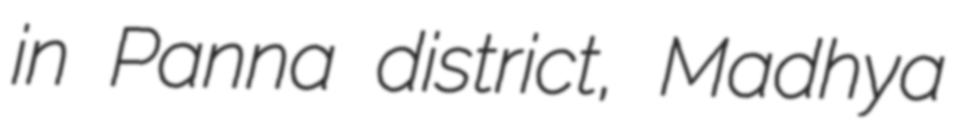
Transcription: in Panna district, Madhya